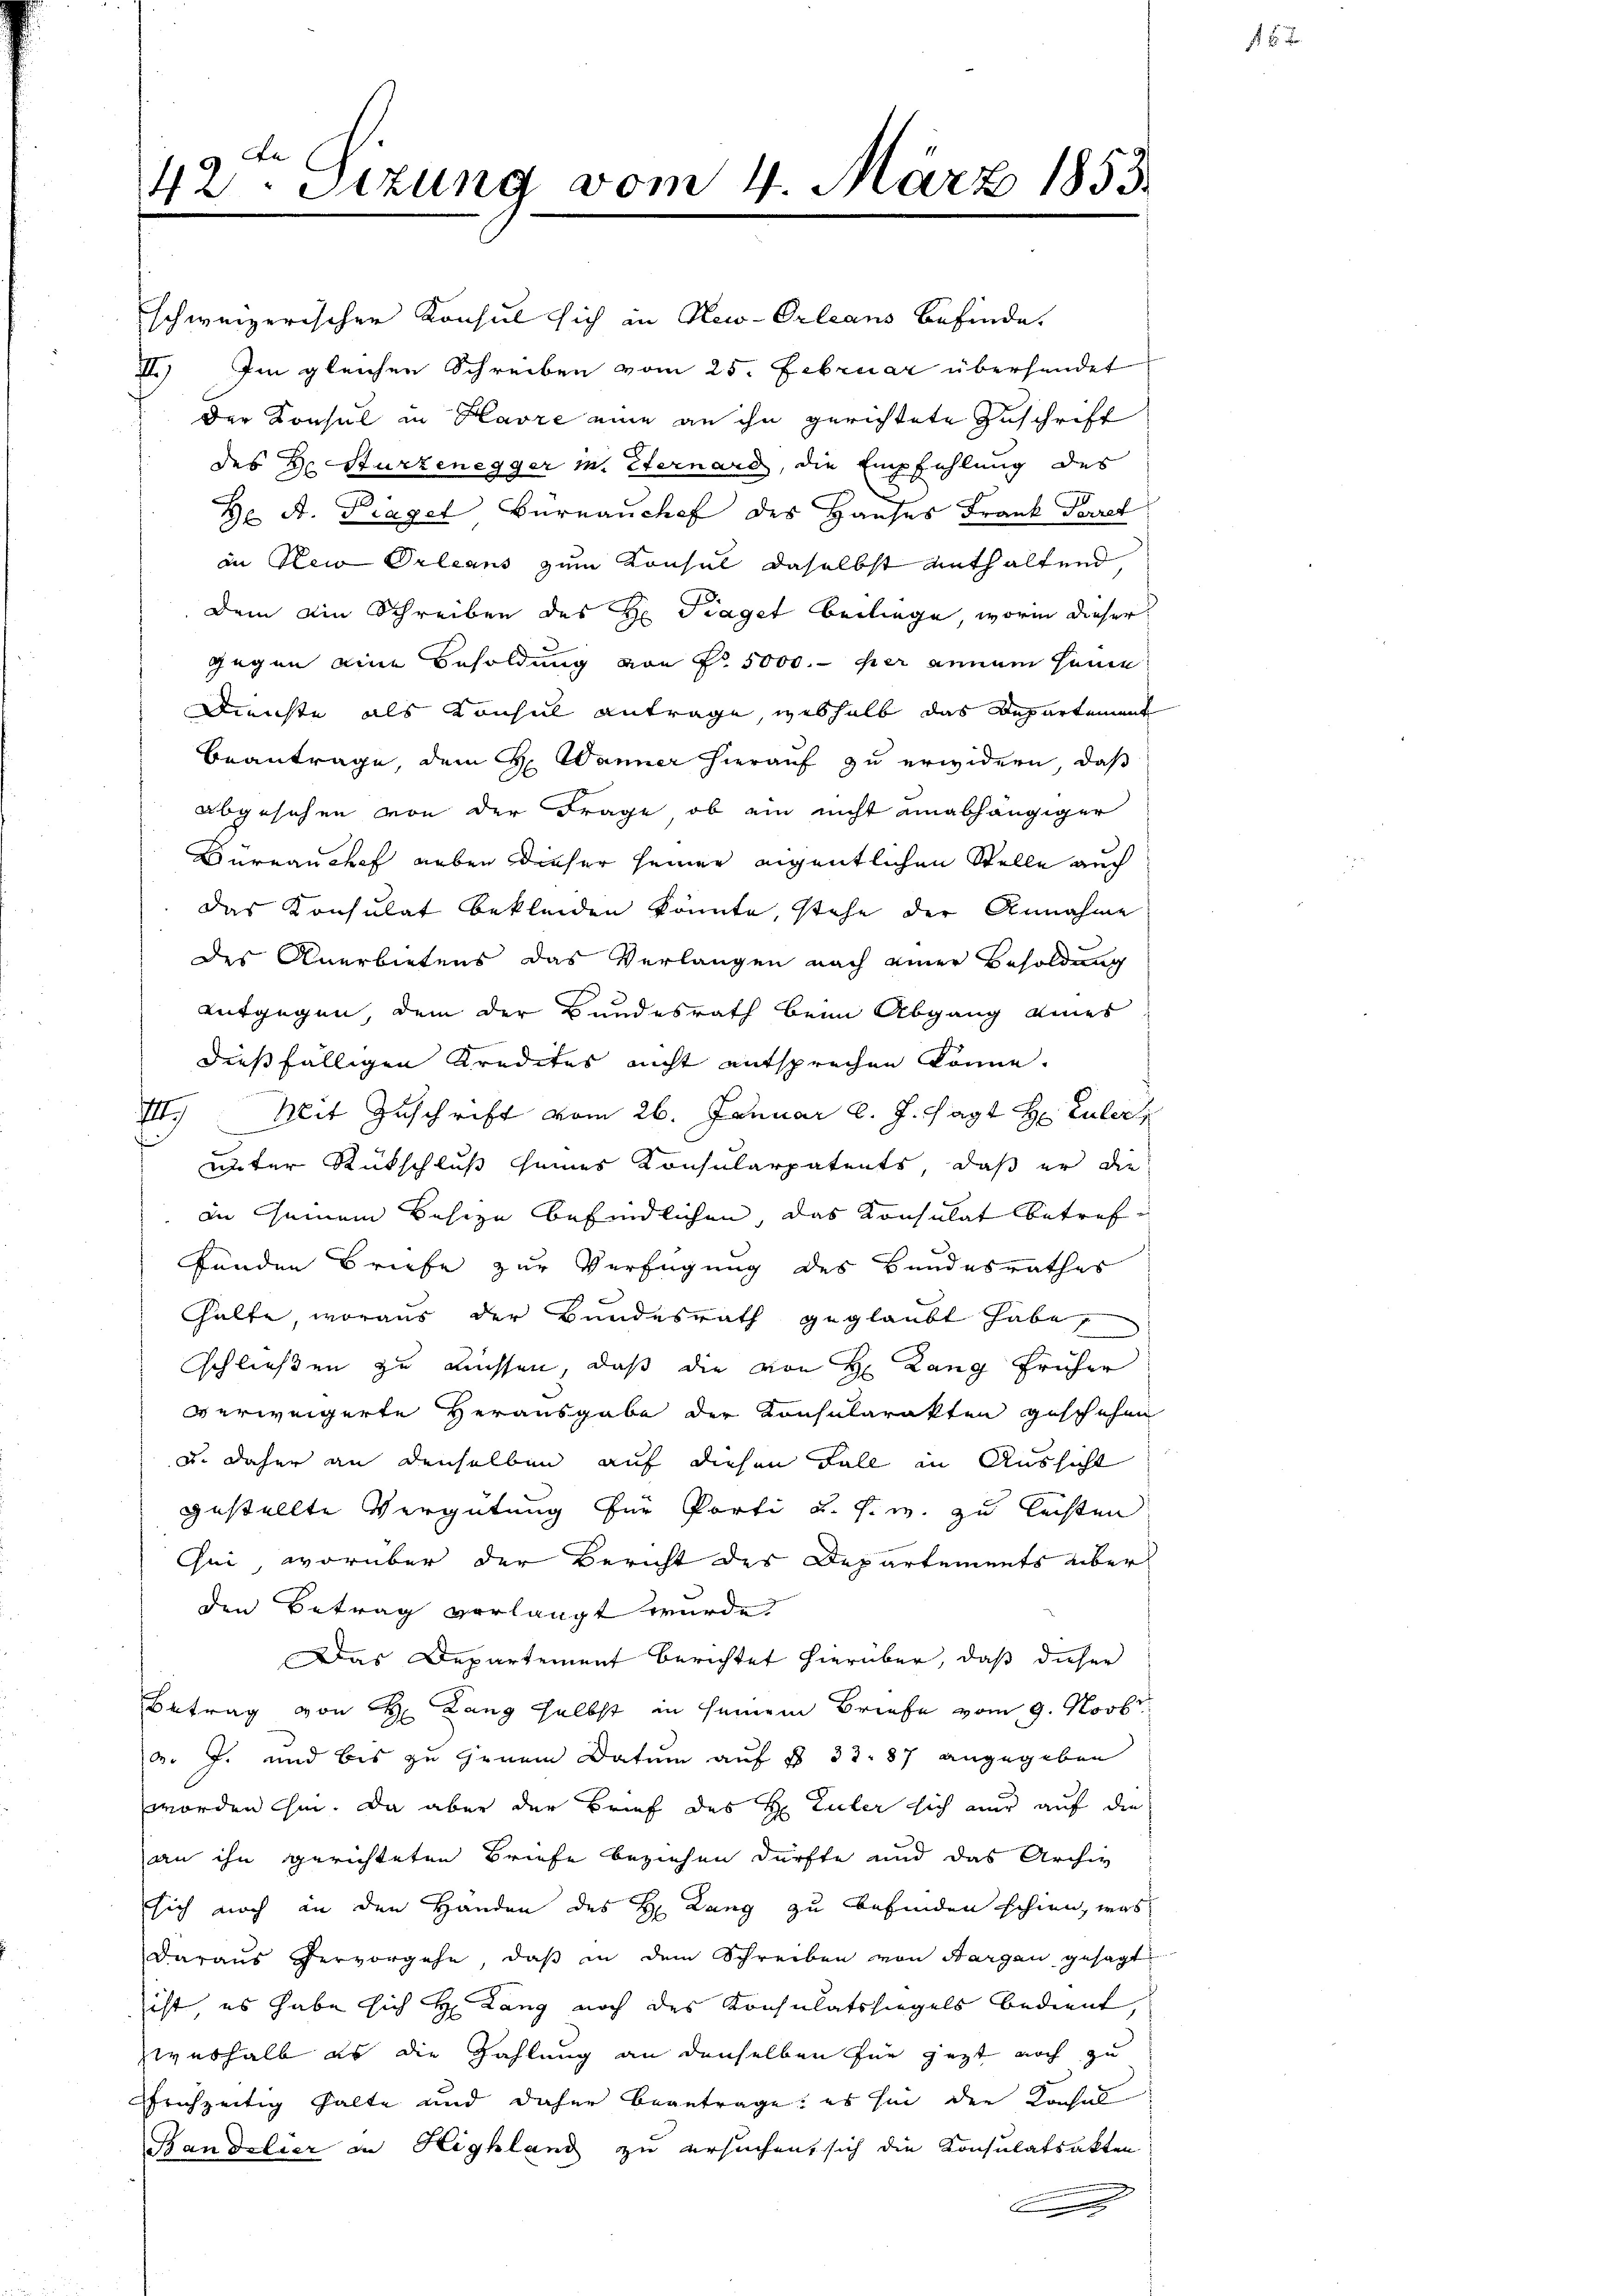
42. Sizung vom 4. März 1853.

schweizerischen Konsul sich in New-Orleans befinde.
II) Im gleichen Schreiben vom 25. Februar überhandet
der Konsul in Havre eine an ihn gerichtete Zuschrift
des Hr. Sturzenegger m. Sternard, die Empfehlung des
Dr A. Piagel Bernauchef des Hauses Frank Toret
in New Orleans zum Konsul daselbst anthaltend,
dem ain Schreiben des H. Traget beiliege, worin dieser
gegen eine Besoldung von Nr. 5000.- per annum seine
Dienste als Konsul antrage, weshalb das Departement
beantrage, dem H: Wanner hierauf zu erwidern, daß
abgesehen von der Frage, ob ein nicht einabhängiger
Düranchef Leben dieser seiner eigentlichen Stelle auch
das Konsulat bekleiden könnte, stehe der Annahme
des Anerbietens das Verlangen nach einer Besoldung
entgegen, dem der Bundesrath beim Abgang eines
dießfälligen Kredites nicht entsprechen könne.
71) Mit Zuschrift vom 26. Januar l. J. sagt H. Euler
unter Rückschluß seines Konsularpatents, daß er die
an seinem Besize befindlichen, das Konsulat betreffänden Briefe zur Verfügung des Bundesrathes
hhalte, woraus der Bundesrath geglaubt habe
schließen zu müssen, daß die von H. Lang früher
verweigerte Herausgabe der Konsularakten geschehen
u. daher an denselben auf diesen Fall in Aussicht
gestellte Vergütung für Porti u. s. w. zu leisten
Cei, worüber der Bericht des Departements über
den Betrag verlangt wurde.
Das Departement berichtet hierüber, daß dieser
Betrag von H. Lang selbst in seinem Briefe vom 9. Novbr.
B. J. und bis zu jenem Datum auf § 33. 87 angegeben
worden sei. Da aber der Brief des H. Euler sich nur auf die
an ihn gerichteten Briefe beziehen dürfte und das Archiv
ssich noch an den Handen des H. Lang zu befinden schien, was
daraus hervorgehe, daß in dem Schreiben von Aargau gesagt
ist es habe sich H: Lang noch des Konsulatssiegels bedient,
weshalb es die Zahlung an denselben für jezt noch zu
rühzeitig halte und daher beantrage: es sie den Konsul
Bandelier in Highland zu ersuchen, sich die Konsulatsakten

1